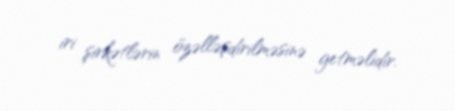
iri şirkətlərin özəlləşdirilməsinə getməlidir.